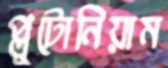
প্লুটোনিয়াম